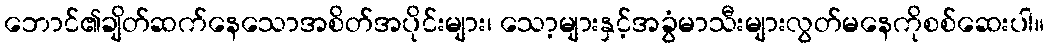
ဘောင်၏ချိတ်ဆက်နေသောအစိတ်အပိုင်းများ၊ သော့များနှင့်အခွံမာသီးများလွတ်မနေကိုစစ်ဆေးပါ။